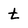
Character: t